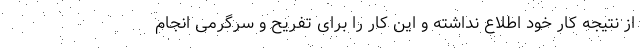
از نتیجه کار خود اطلاع نداشته و این کار را برای تفریح و سرگرمی انجام